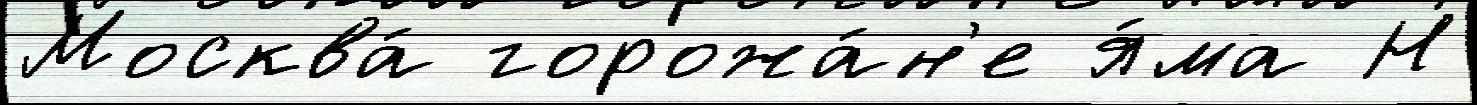
Москва́ горожа́н'е я́ма Н